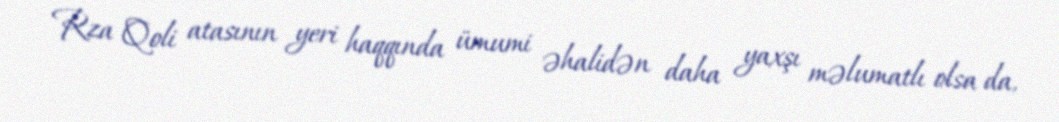
Rza Qoli atasının yeri haqqında ümumi əhalidən daha yaxşı məlumatlı olsa da,